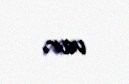
var.